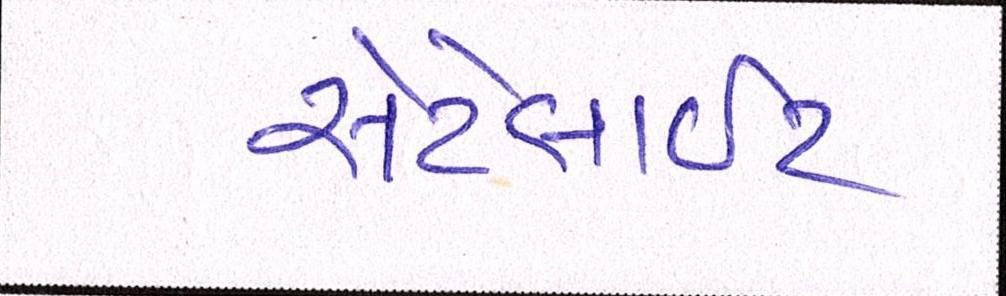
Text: સેટેલાઈટ